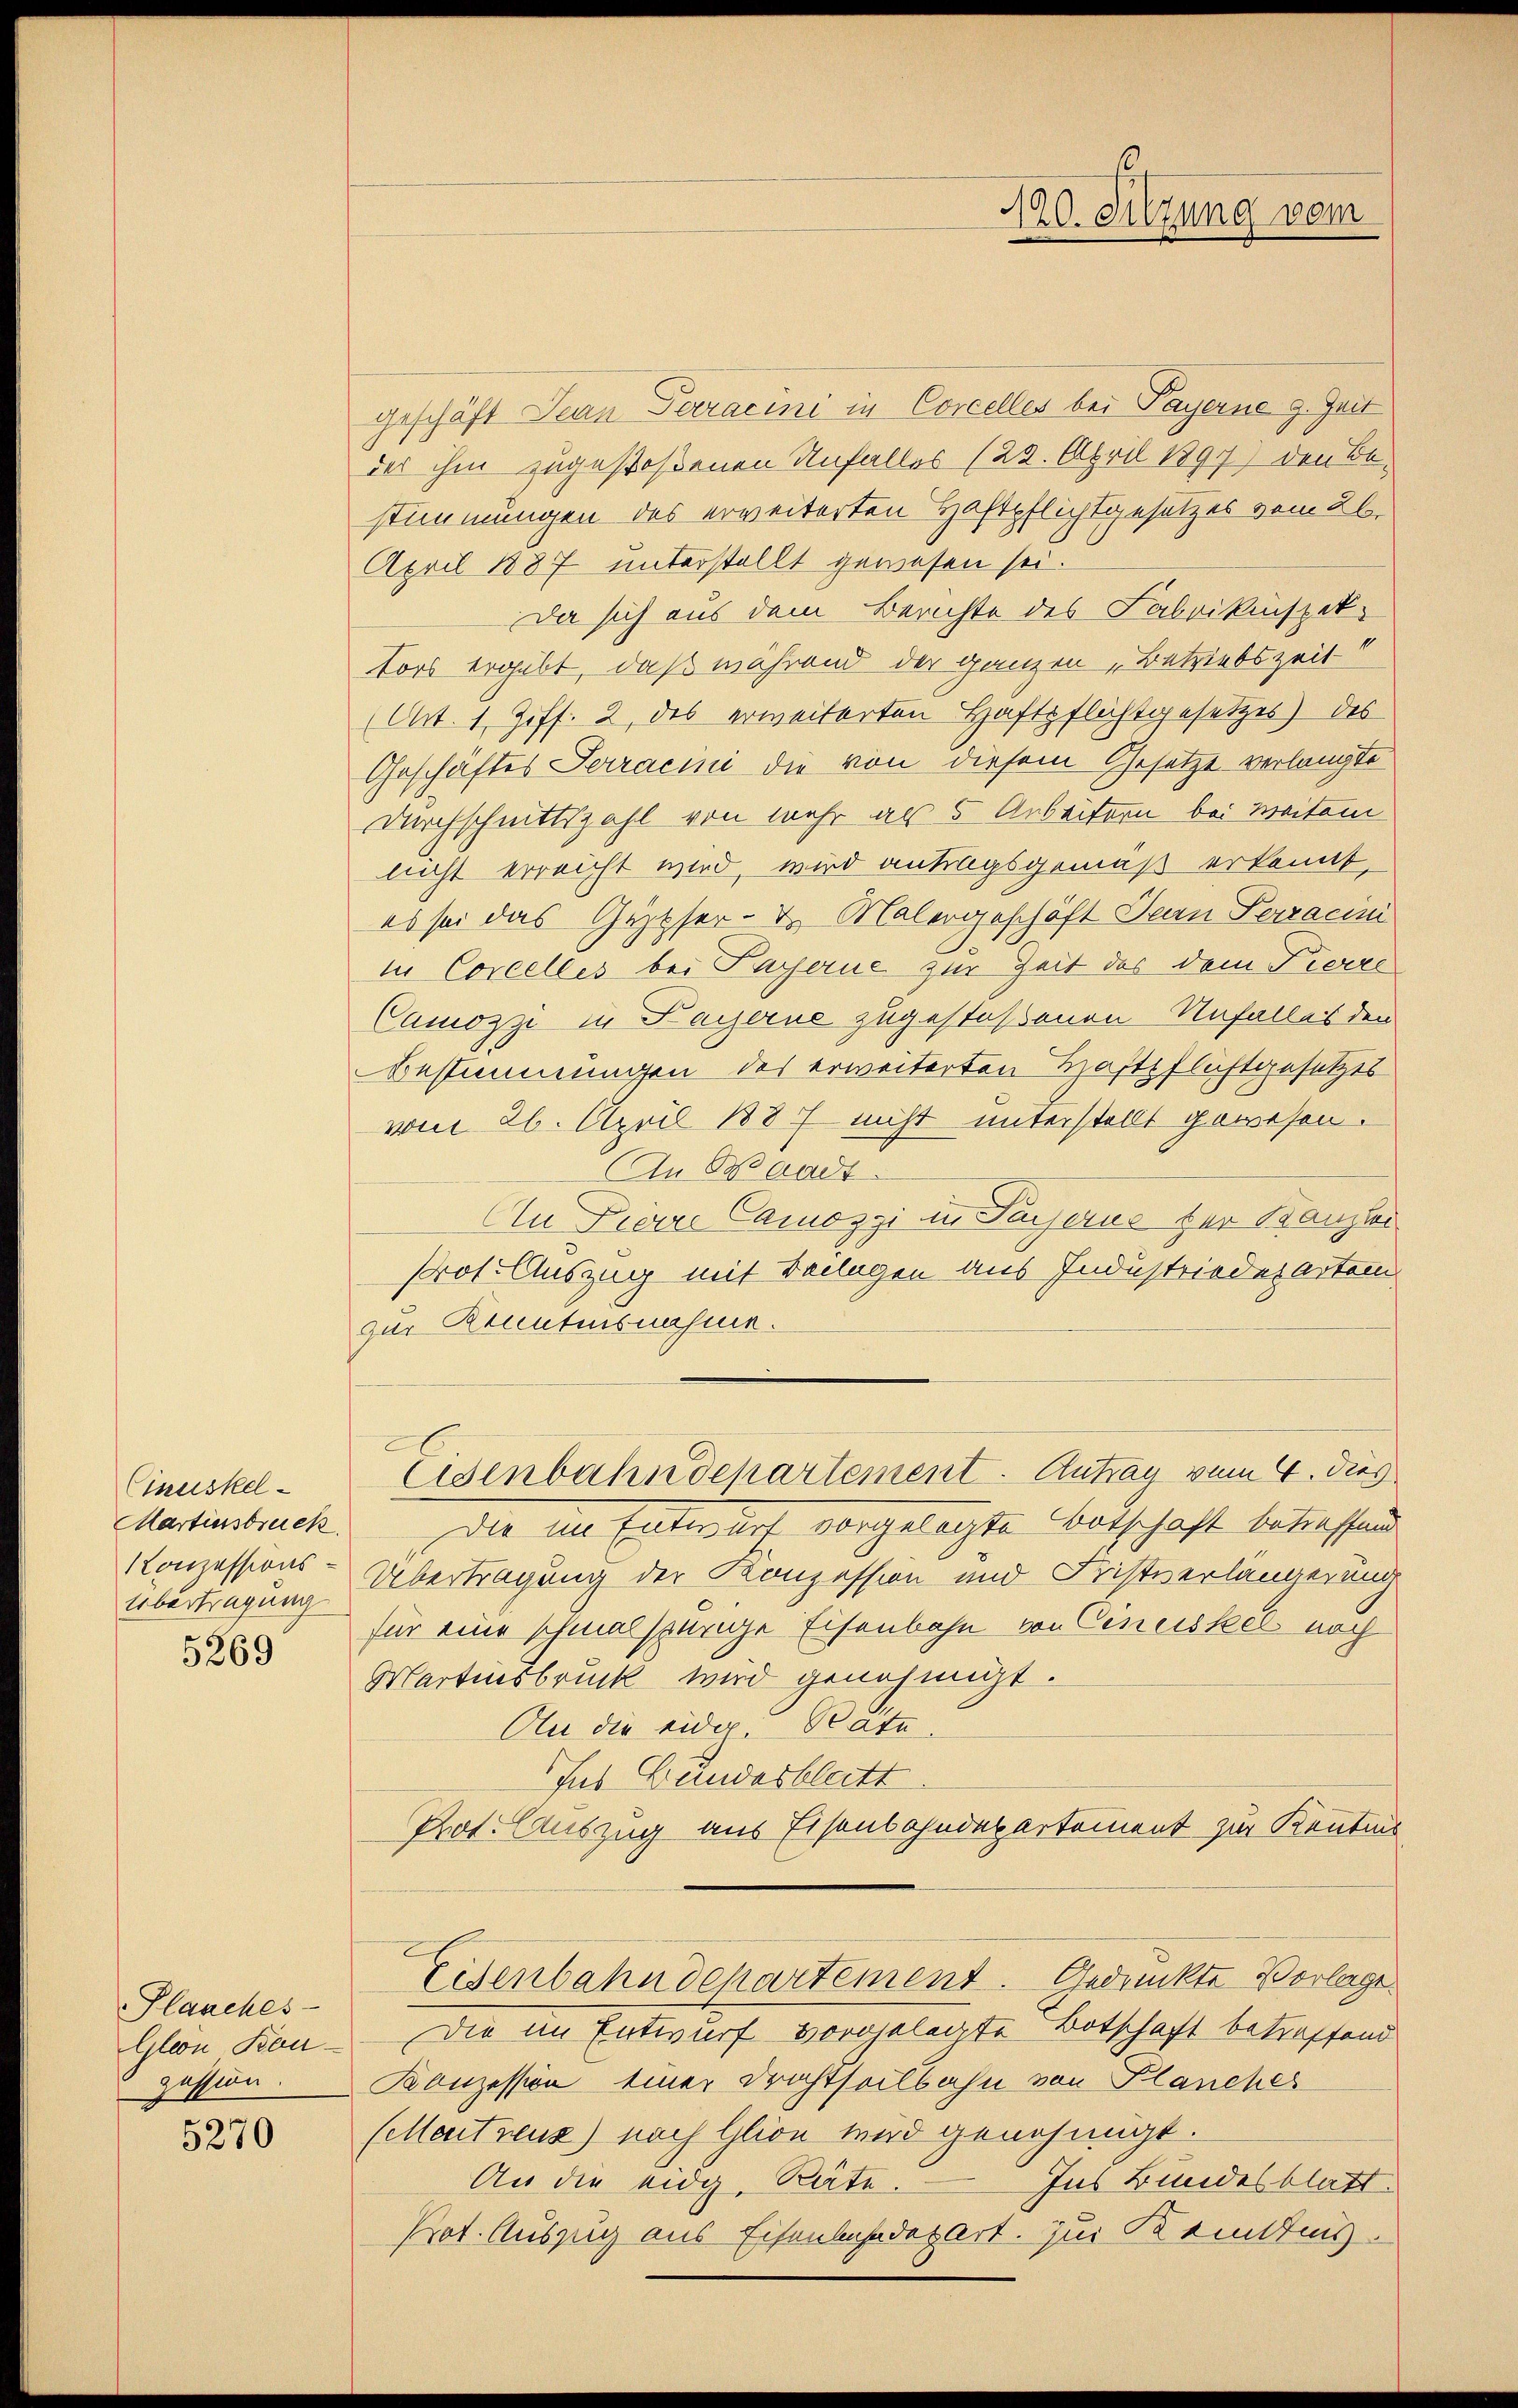
Cinuskel¬
Martinstruck
Konzessions-
Übertragung

5269

Planches
Gleon Kau
ession.
x

5270

geschäft Juan Paracini in Concelles bei Payerne g. Zeit
der ihm zugestoßenen Unfalles (23. April 1891) den Bestimmungen des erweiterten Haftpflichtgesetzes vom 26.
April 1887 unterstellt gewesen sei.
Da sich aus dem Berichte des Fabrikinspet
tors ergibt, daß während der ganzen „Betriebszeit
Art. 1. Ziff. 2, des erweiterten Haftpflichtgesetzes) des
Geschäftes Terracini die von diesem Gesetze verlangte
Durchschnittszahl von mehr als 5 Arbeitern bei Weiten
nicht erreicht wird, wird antragsgemäß erkennt,
es sei das Gesser- u. Malergeschäft den Ferracini
in Concelles bei Payerne zur Zeit des dem Pierre
Camozzi in Payerne zugestoßenen Unfalles den
Bestimmungen des erweiterten Haftsfläftgesetzes
vom 26. April 1887 nicht unterstellt gewesen.
An Waadt.
An Pierre Camozzi in Payerne der Kanzlei
Pros. Auszug mit Beilagen aus Industrieder Arten
zur Kenntnisnahme.
Eisenbahndepartement. Antrag vom 4. dies
Die in Entwurf vorgelegte Botschaft betreffend
Übertragung der Konzession und Fristverlängerung
für eine schmalspurige Eisenbahn von Cinciskel noch
Martinsbruck wird genehmigt.
An die eidg. Rate.
Ins Bundesblatt.
Prot. Auszug aus Eisenbahndepartement zur Kenntnis,
Eisenbahndepartement. Gedrückte Vorlage
Die im Entwurf vorgelegte Botschaft betreffend
Konzession einer Drachtheilbahn von Planches
(Mentreux) nach Glion wird genehmigt.
An die eidg. Räte.
Ins Bundesblatt.
Prot. Auszug aus Eisenbahndepart. zur Kenntnis.

190. Sitzung vom